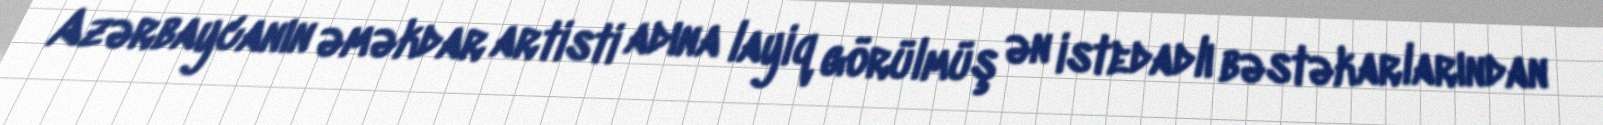
Azərbaycanın əməkdar artisti adına layiq görülmüş ən istedadlı bəstəkarlarından